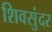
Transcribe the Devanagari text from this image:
शिवसुंदर